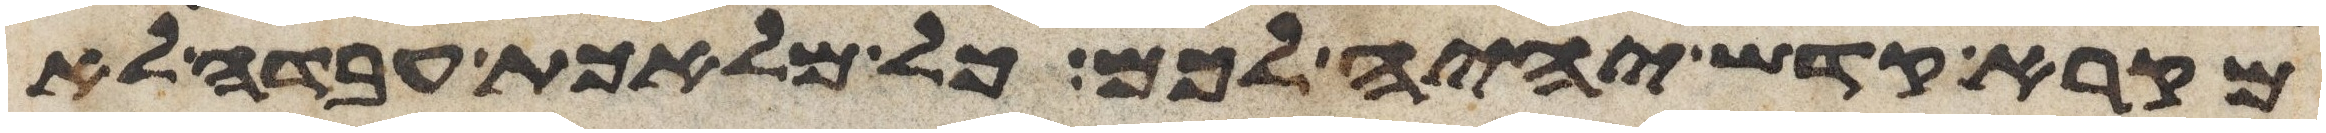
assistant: מקרא קדש יהיה לכם כל מלאכת עבדה לא